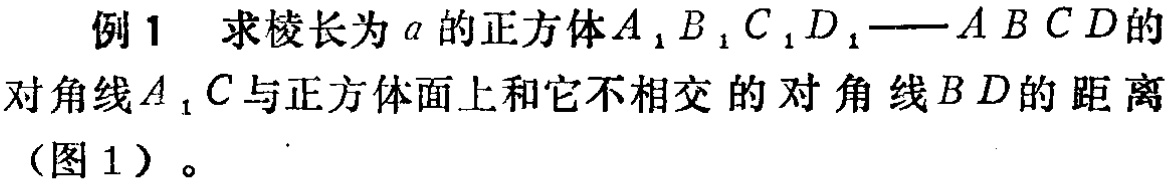
例1 求棱长为\(a\)的正方体\(A_{1}B_{1}C_{1}D_{1}—ABCD\)的对角线\(A_{1}C\)与正方体面上和它不相交的对角线\(BD\)的距离（图1）。